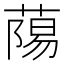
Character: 𮐷